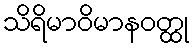
သိရိမာဝိမာနဝတ္ထု